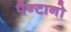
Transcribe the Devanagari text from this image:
पैन्टानो